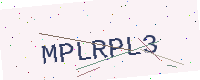
Text: MPLRPL3